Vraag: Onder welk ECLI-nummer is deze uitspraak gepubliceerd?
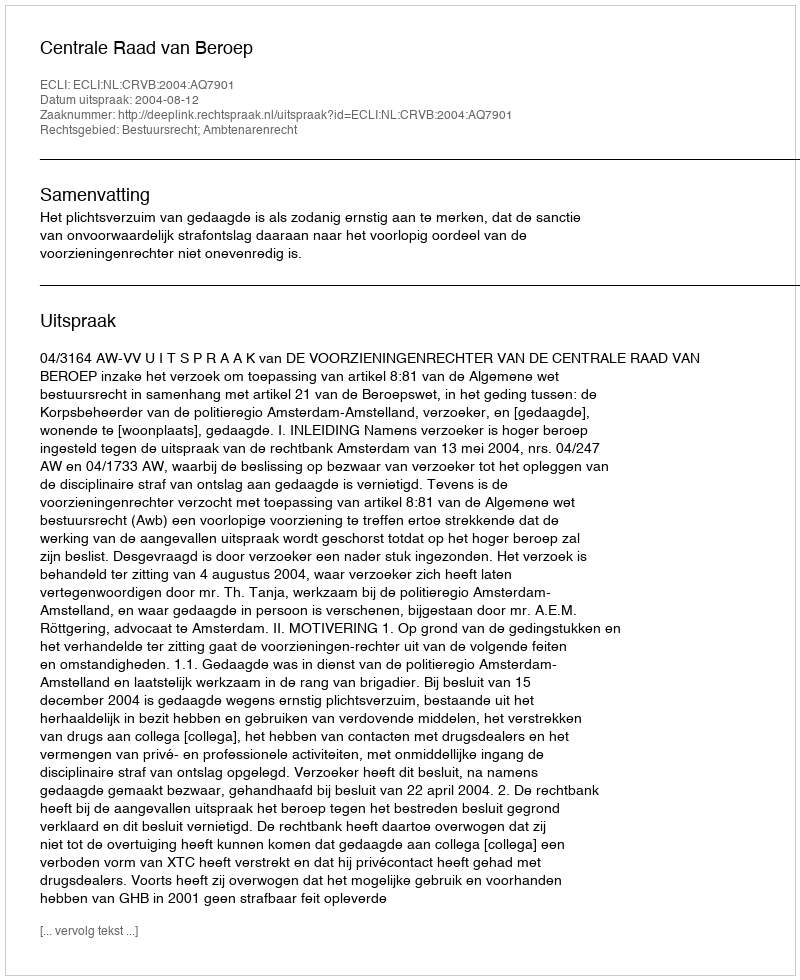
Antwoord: ECLI:NL:CRVB:2004:AQ7901